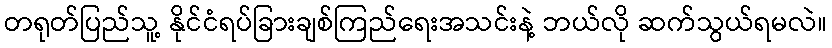
တရုတ်ပြည်သူ့ နိုင်ငံရပ်ခြားချစ်ကြည်ရေးအသင်းနဲ့ ဘယ်လို ဆက်သွယ်ရမလဲ။